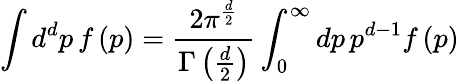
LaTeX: \int d^{d}p\, f\left(p\right)=\frac{2\pi^{\frac{d}{2}}}{\Gamma\left(\frac{d}{2}\right)}\int_{0}^{\infty}dp\, p^{d-1}f\left(p\right)